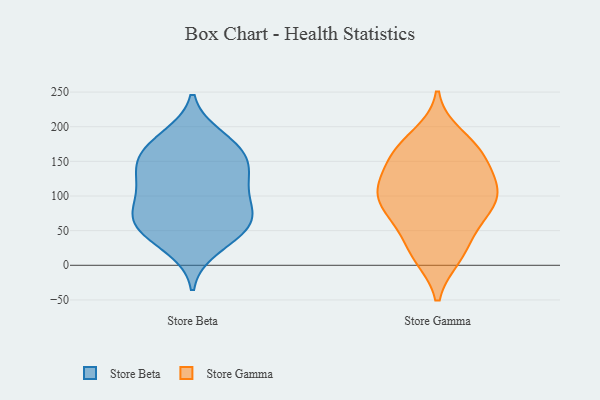
{"axis": {"x": "Active Users", "y": "Value"}, "legend": ["Store Beta", "Store Gamma"], "data": [{"x": "", "y": 51, "type": "Store Beta"}, {"x": "", "y": 106, "type": "Store Beta"}, {"x": "", "y": 185, "type": "Store Beta"}, {"x": "", "y": 44, "type": "Store Beta"}, {"x": "", "y": 143, "type": "Store Beta"}, {"x": "", "y": 177, "type": "Store Beta"}, {"x": "", "y": 72, "type": "Store Beta"}, {"x": "", "y": 25, "type": "Store Beta"}, {"x": "", "y": 124, "type": "Store Beta"}, {"x": "", "y": 167, "type": "Store Beta"}, {"x": "", "y": 161, "type": "Store Beta"}, {"x": "", "y": 60, "type": "Store Beta"}, {"x": "", "y": 125, "type": "Store Beta"}, {"x": "", "y": 91, "type": "Store Beta"}, {"x": "", "y": 77, "type": "Store Beta"}, {"x": "", "y": 142, "type": "Store Beta"}, {"x": "", "y": 63, "type": "Store Beta"}, {"x": "", "y": 64, "type": "Store Gamma"}, {"x": "", "y": 167, "type": "Store Gamma"}, {"x": "", "y": 104, "type": "Store Gamma"}, {"x": "", "y": 60, "type": "Store Gamma"}, {"x": "", "y": 125, "type": "Store Gamma"}, {"x": "", "y": 77, "type": "Store Gamma"}, {"x": "", "y": 27, "type": "Store Gamma"}, {"x": "", "y": 187, "type": "Store Gamma"}, {"x": "", "y": 13, "type": "Store Gamma"}, {"x": "", "y": 131, "type": "Store Gamma"}, {"x": "", "y": 13, "type": "Store Gamma"}, {"x": "", "y": 107, "type": "Store Gamma"}, {"x": "", "y": 97, "type": "Store Gamma"}, {"x": "", "y": 102, "type": "Store Gamma"}, {"x": "", "y": 94, "type": "Store Gamma"}, {"x": "", "y": 171, "type": "Store Gamma"}, {"x": "", "y": 155, "type": "Store Gamma"}, {"x": "", "y": 157, "type": "Store Gamma"}]}